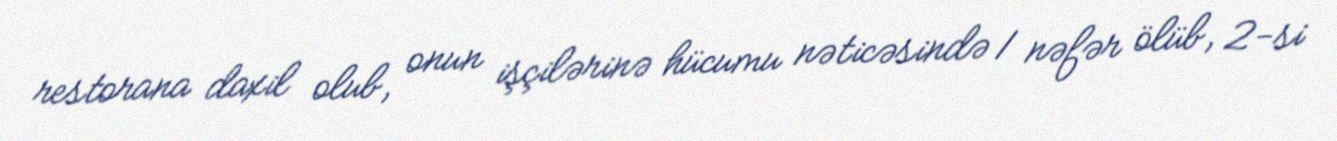
restorana daxil olub, onun işçilərinə hücumu nəticəsində 1 nəfər ölüb, 2-si